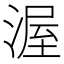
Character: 渥